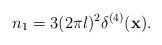
LaTeX: \begin{align*}n_1 = 3(2\pi l)^2 \delta^{(4)}(\mbox{{\bf x}}).\end{align*}